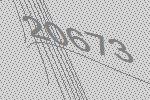
20673